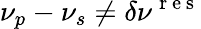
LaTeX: \nu_{p}-\nu_{s}\ne\delta\nu^{\mathrm{~r~e~s~}}